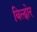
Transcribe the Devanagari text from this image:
बिल्ट्मोर